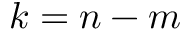
k = n - m